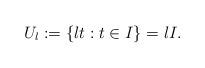
LaTeX: \begin{align*} U_l:= \{lt: t \in I\} = l I. \end{align*}